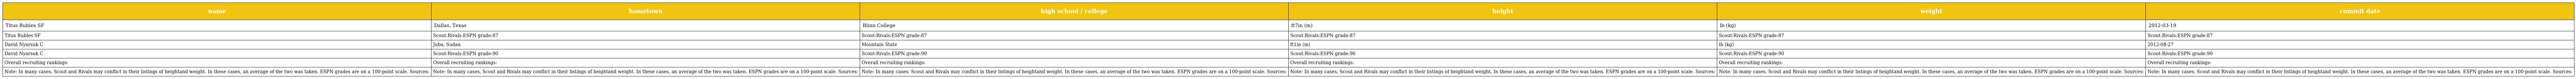
| name | hometown | high school / college | height | weight | commit date |
 | --- | --- | --- | --- | --- | --- |
 | Titus Rubles SF | Dallas, Texas | Blinn College | ft7in (m) | lb (kg) | 2012-03-19 |
 | Titus Rubles SF | Scout:Rivals:ESPN grade:87 | Scout:Rivals:ESPN grade:87 | Scout:Rivals:ESPN grade:87 | Scout:Rivals:ESPN grade:87 | Scout:Rivals:ESPN grade:87 |
 | David Nyarsuk C | Juba, Sudan | Mountain State | ft1in (m) | lb (kg) | 2012-08-27 |
 | David Nyarsuk C | Scout:Rivals:ESPN grade:90 | Scout:Rivals:ESPN grade:90 | Scout:Rivals:ESPN grade:90 | Scout:Rivals:ESPN grade:90 | Scout:Rivals:ESPN grade:90 |
 | Overall recruiting rankings: | Overall recruiting rankings: | Overall recruiting rankings: | Overall recruiting rankings: | Overall recruiting rankings: | Overall recruiting rankings: |
 | Note: In many cases, Scout and Rivals may conflict in their listings of heightand weight. In these cases, an average of the two was taken. ESPN grades are on a 100-point scale. Sources: | Note: In many cases, Scout and Rivals may conflict in their listings of heightand weight. In these cases, an average of the two was taken. ESPN grades are on a 100-point scale. Sources: | Note: In many cases, Scout and Rivals may conflict in their listings of heightand weight. In these cases, an average of the two was taken. ESPN grades are on a 100-point scale. Sources: | Note: In many cases, Scout and Rivals may conflict in their listings of heightand weight. In these cases, an average of the two was taken. ESPN grades are on a 100-point scale. Sources: | Note: In many cases, Scout and Rivals may conflict in their listings of heightand weight. In these cases, an average of the two was taken. ESPN grades are on a 100-point scale. Sources: | Note: In many cases, Scout and Rivals may conflict in their listings of heightand weight. In these cases, an average of the two was taken. ESPN grades are on a 100-point scale. Sources: |